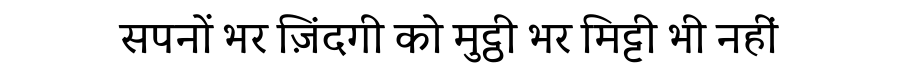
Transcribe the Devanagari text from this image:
सपनों भर ज़िंदगी को मुट्ठी भर मिट्टी भी नहीं